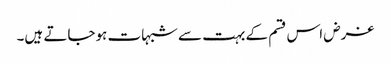
غرض اس قسم کے بہت سے شبہات ہوجاتے ہیں۔